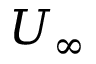
U _ { \infty }